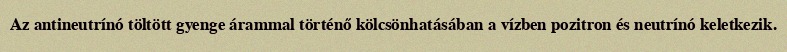
Az antineutrínó töltött gyenge árammal történő kölcsönhatásában a vízben pozitron és neutrínó keletkezik.